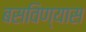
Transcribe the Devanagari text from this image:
बसविण्यास